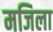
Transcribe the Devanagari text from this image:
मजिला